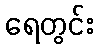
ရေတွင်း